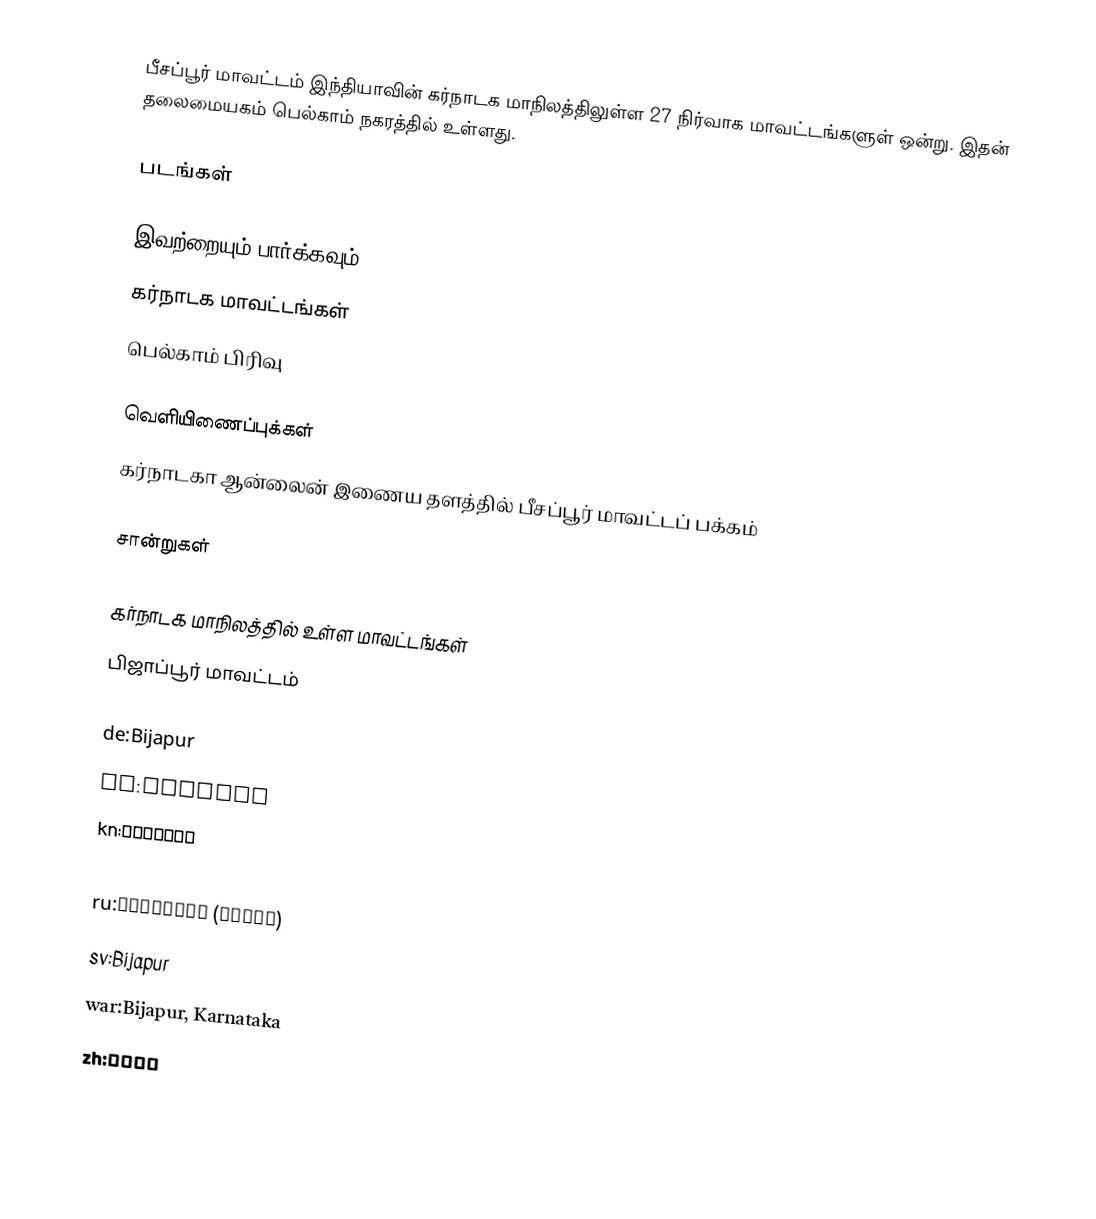
பீசப்பூர் மாவட்டம் இந்தியாவின் கர்நாடக மாநிலத்திலுள்ள 27 நிர்வாக மாவட்டங்களுள் ஒன்று. இதன் தலைமையகம் பெல்காம் நகரத்தில் உள்ளது.

படங்கள்

இவற்றையும் பார்க்கவும்
 கர்நாடக மாவட்டங்கள்
 பெல்காம் பிரிவு

வெளியிணைப்புக்கள்
 கர்நாடகா ஆன்லைன் இணைய தளத்தில் பீசப்பூர் மாவட்டப் பக்கம்

சான்றுகள்

கர்நாடக மாநிலத்தில் உள்ள மாவட்டங்கள்
பிஜாப்பூர் மாவட்டம்

de:Bijapur
fa:بیجاپور
kn:ಬಿಜಾಪುರ
pl:Bidźapur
ru:Биджапур (город)
sv:Bijapur
war:Bijapur, Karnataka
zh:比贾布尔